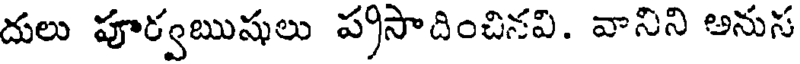
దులు పూర్వఋషులు ప్రసాదించినవి. వానిని అనుస